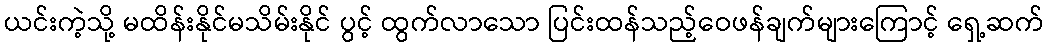
ယင်းကဲ့သို့ မထိန်းနိုင်မသိမ်းနိုင် ပွင့် ထွက်လာသော ပြင်းထန်သည့်ဝေဖန်ချက်များကြောင့် ရှေ့ဆက်